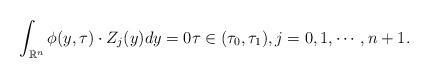
LaTeX: \begin{align*}\int_{\mathbb{R}^n}\phi(y, \tau)\cdot Z_j(y)dy = 0\tau\in (\tau_0,\tau_1), j= 0,1,\cdots, n+1.\end{align*}